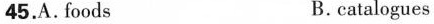
45.A. foods B. catalogues